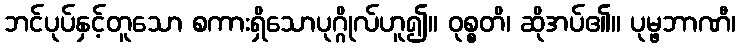
ဘင်ပုပ်နှင့်တူသော စကားရှိသောပုဂ္ဂိုလ်ဟူ၍။ ဝုစ္စတိ၊ ဆိုအပ်၏။ ပုမ္ဖဘာဏီ၊